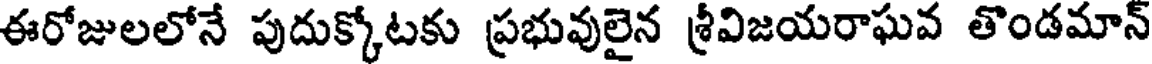
ఈరోజులలోనే పుదుక్కోటకు ప్రభువులైన శ్రీవిజయరాఘవ తొండమాన్